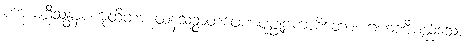
ကာယဂ္ဂိသန္တာပကုထိတကုထနသဉ္ဇာတဖေဏပုပ္ဖုဠကာစိတော၊ ဂဟဏီမည်သော